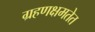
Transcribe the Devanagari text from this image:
ग्रहणक्षमतेत